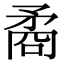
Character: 矞